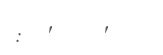
:  '    '